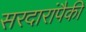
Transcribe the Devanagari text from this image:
सरदारांपैकी